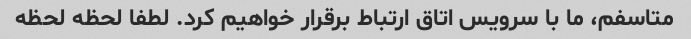
متاسفم، ما با سرویس اتاق ارتباط برقرار خواهیم کرد. لطفا لحظه لحظه